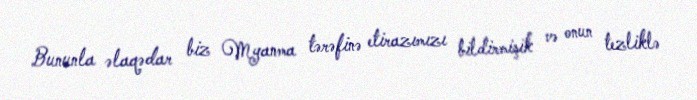
Bununla əlaqədar biz Myanma tərəfinə etirazımızı bildirmişik və onun tezliklə